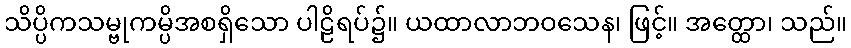
သိပ္ပိကသမ္ဗုကမ္ပိအစရှိသော ပါဠိရပ်၌။ ယထာလာဘဝသေန၊ ဖြင့်။ အတ္ထော၊ သည်။